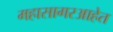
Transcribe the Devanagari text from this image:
महासागरआहेत